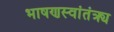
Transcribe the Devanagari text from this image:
भाषणस्वांतंत्र्य